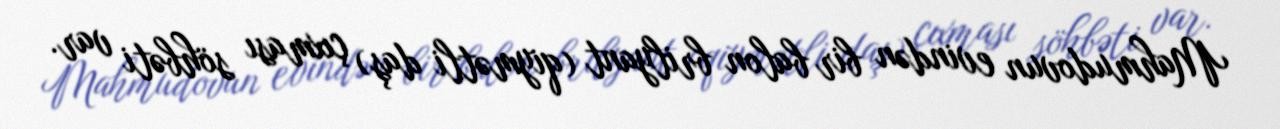
Mahmudovun evindən bir balon brilyant (qiymətli daş) çıxması söhbəti var.